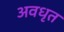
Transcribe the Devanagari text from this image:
अवधृत